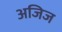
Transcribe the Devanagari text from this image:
अजिज